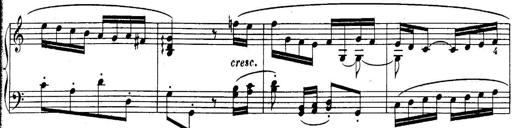
Title: Sonatina for Piano
Composer: BÃ©la BartÃ³k